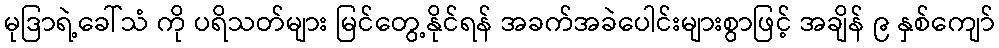
မုဒြာရဲ့ခေါ်သံ ကို ပရိသတ်များ မြင်တွေ့နိုင်ရန် အခက်အခဲပေါင်းများစွာဖြင့် အချိန် ၉ နှစ်ကျော်